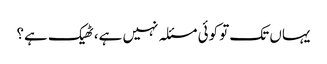
یہاں تک تو کوئی مسئلہ نہیں ہے، ٹھیک ہے؟